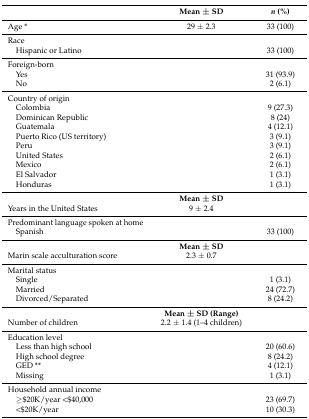
<table><thead><tr><td></td><td><b>Mean ± SD</b></td><td><b><i>n</i> (%)</b></td></tr></thead><tbody><tr><td>Age *</td><td>29 ± 2.3</td><td>33 (100)</td></tr><tr><td>Race</td><td></td><td></td></tr><tr><td> Hispanic or Latino</td><td></td><td>33 (100)</td></tr><tr><td>Foreign-born</td><td></td><td></td></tr><tr><td> Yes</td><td></td><td>31 (93.9)</td></tr><tr><td> No</td><td></td><td>2 (6.1)</td></tr><tr><td>Country of origin</td><td></td><td></td></tr><tr><td> Colombia</td><td></td><td>9 (27.3)</td></tr><tr><td> Dominican Republic</td><td></td><td>8 (24)</td></tr><tr><td> Guatemala</td><td></td><td>4 (12.1)</td></tr><tr><td> Puerto Rico (US territory)</td><td></td><td>3 (9.1)</td></tr><tr><td> Peru</td><td></td><td>3 (9.1)</td></tr><tr><td> United States</td><td></td><td>2 (6.1)</td></tr><tr><td> Mexico</td><td></td><td>2 (6.1)</td></tr><tr><td> El Salvador</td><td></td><td>1 (3.1)</td></tr><tr><td> Honduras</td><td></td><td>1 (3.1)</td></tr><tr><td></td><td><b>Mean ± SD</b></td><td></td></tr><tr><td>Years in the United States</td><td>9 ± 2.4</td><td></td></tr><tr><td>Predominant language spoken at home</td><td></td><td></td></tr><tr><td> Spanish</td><td></td><td>33 (100)</td></tr><tr><td></td><td><b>Mean ± SD</b></td><td></td></tr><tr><td>Marin scale acculturation score</td><td>2.3 ± 0.7</td><td></td></tr><tr><td>Marital status</td><td></td><td></td></tr><tr><td> Single</td><td></td><td>1 (3.1)</td></tr><tr><td> Married</td><td></td><td>24 (72.7)</td></tr><tr><td> Divorced/Separated</td><td></td><td>8 (24.2)</td></tr><tr><td></td><td><b>Mean ± SD (Range)</b></td><td></td></tr><tr><td>Number of children</td><td>2.2 ± 1.4 (1–4 children)</td><td></td></tr><tr><td>Education level</td><td></td><td></td></tr><tr><td> Less than high school</td><td></td><td>20 (60.6)</td></tr><tr><td> High school degree</td><td></td><td>8 (24.2)</td></tr><tr><td> GED **</td><td></td><td>4 (12.1)</td></tr><tr><td> Missing</td><td></td><td>1 (3.1)</td></tr><tr><td>Household annual income</td><td></td><td></td></tr><tr><td> ≥$20K/year &lt;$40,000</td><td></td><td>23 (69.7)</td></tr><tr><td> &lt;$20K/year</td><td></td><td>10 (30.3)</td></tr></tbody></table>